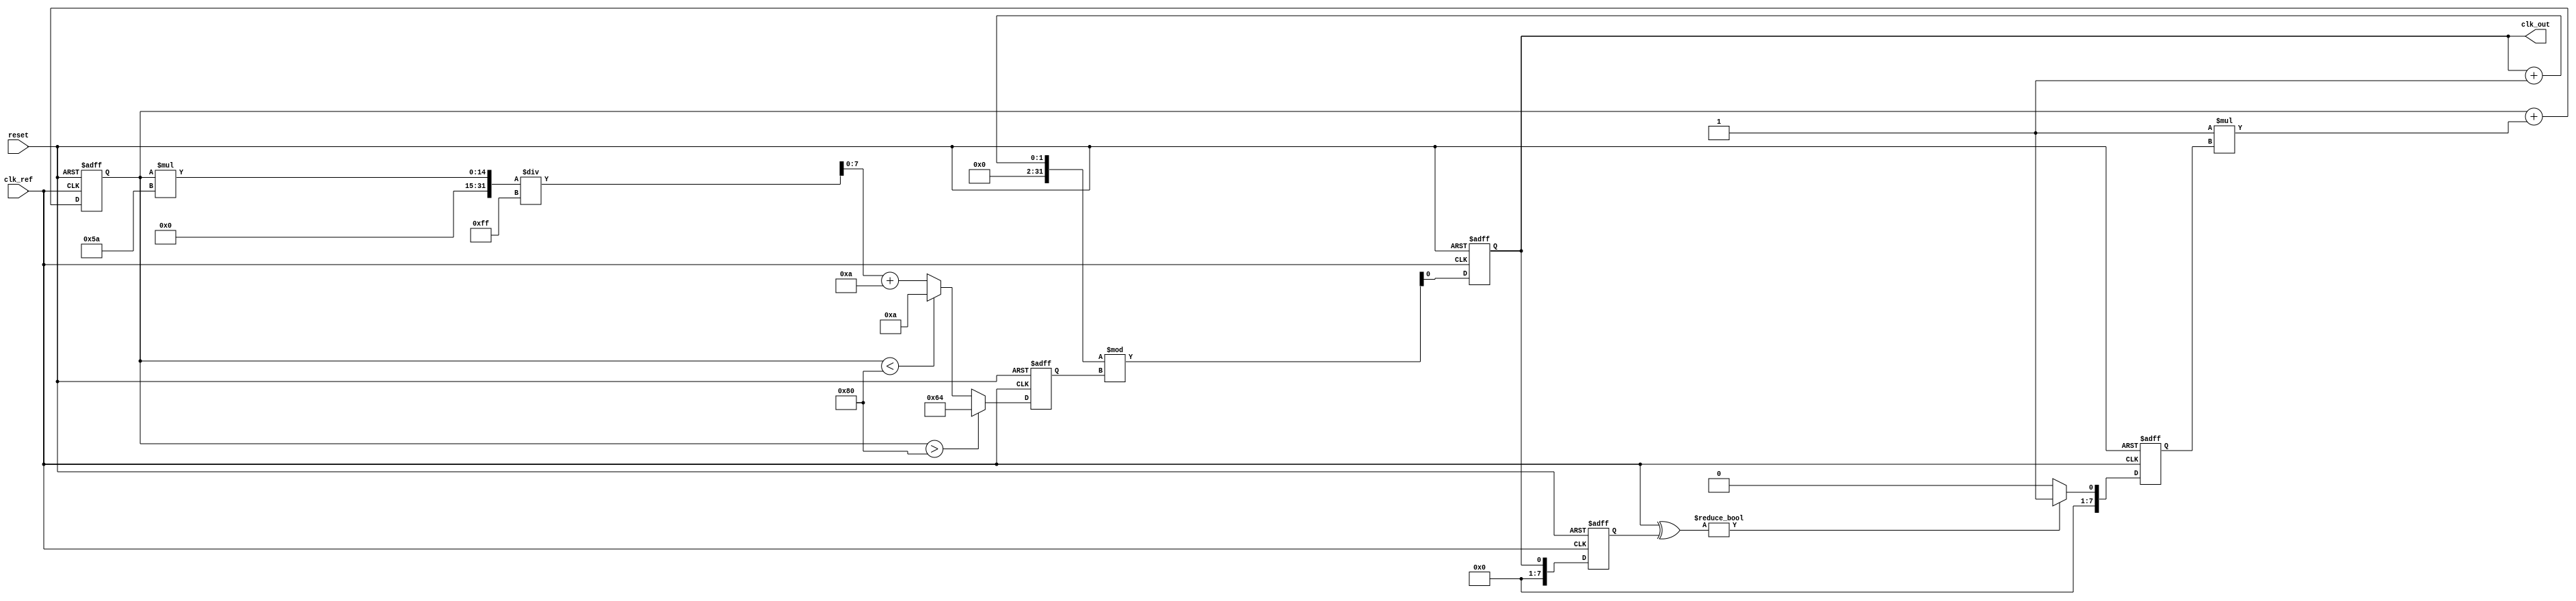
module continuous_time_PLL (
    input wire clk_ref,          // Reference clock input
    input wire reset,           // Asynchronous reset
    output reg clk_out          // Output clock
);

// Parameters
parameter VCO_MAX_FREQ = 100; // Maximum frequency of VCO
parameter VCO_MIN_FREQ = 10;   // Minimum frequency of VCO
parameter LOOP_FILTER_GAIN = 1; // Gain for loop filter

// Internal signals
reg [7:0] phase_error;          // Phase error signal
reg [7:0] control_voltage;      // Control voltage for VCO
reg [7:0] vco_frequency;        // Current frequency of VCO
reg [7:0] feedback_signal;      // Feedback signal from VCO

// Phase Detector (PD)
always @(posedge clk_ref or posedge reset) begin
    if (reset) begin
        phase_error <= 0;
    end else begin
        // Simple phase error calculation (XOR for example)
        phase_error <= (clk_ref ^ feedback_signal) ? 1 : 0; // Simplified phase comparison
    end
end

// Loop Filter (LF)
always @(posedge clk_ref or posedge reset) begin
    if (reset) begin
        control_voltage <= 0;
    end else begin
        // Simple first-order loop filter
        control_voltage <= control_voltage + (LOOP_FILTER_GAIN * phase_error);
    end
end

// Voltage-Controlled Oscillator (VCO)
always @(posedge clk_ref or posedge reset) begin
    if (reset) begin
        vco_frequency <= VCO_MIN_FREQ;
        clk_out <= 0;
    end else begin
        // Adjust VCO frequency based on control voltage
        if (control_voltage > 128) begin
            vco_frequency <= VCO_MAX_FREQ; // Max frequency
        end else if (control_voltage < 128) begin
            vco_frequency <= VCO_MIN_FREQ; // Min frequency
        end else begin
            vco_frequency <= (control_voltage * (VCO_MAX_FREQ - VCO_MIN_FREQ) / 255) + VCO_MIN_FREQ; // Linear scaling
        end
        
        // Generate output clock based on VCO frequency
        clk_out <= (clk_out + 1) % vco_frequency; // Simplified clock generation
    end
end

// Feedback Mechanism (simple feedback for demonstration)
always @(posedge clk_ref or posedge reset) begin
    if (reset) begin
        feedback_signal <= 0;
    end else begin
        feedback_signal <= clk_out; // Feedback the output clock
    end
end

endmodule